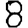
Digit: 8